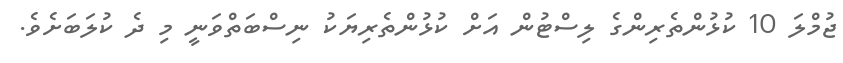
ޖުމްލަ 10 ކުޅުންތެރިންގެ ލިސްޓުން އަށް ކުޅުންތެރިޔަކު ނިސްބަތްވަނީ މި ދެ ކުލަބަށެވެ.